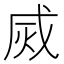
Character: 烕